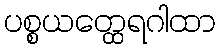
ပစ္စယတ္ထေရဂါထာ